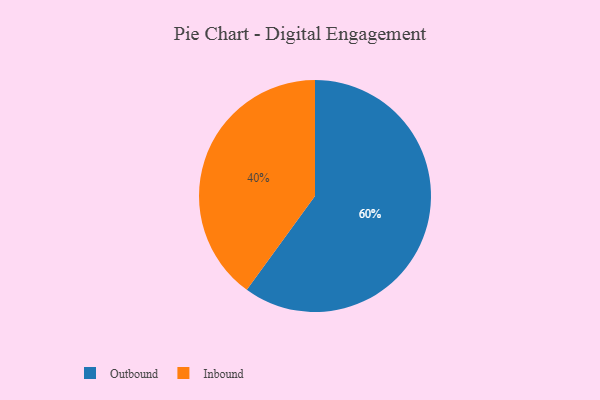
{"axis": {"x": "Category", "y": "Percentage"}, "legend": ["Inbound", "Outbound"], "data": [{"x": "Outbound", "y": 60, "type": "Outbound"}, {"x": "Inbound", "y": 40, "type": "Inbound"}]}